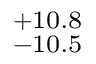
^ { + 1 0 . 8 } _ { - 1 0 . 5 }